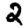
Digit: 2